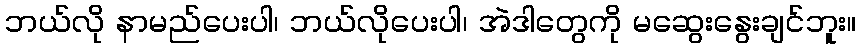
ဘယ်လို နာမည်ပေးပါ၊ ဘယ်လိုပေးပါ၊ အဲဒါတွေကို မဆွေးနွေးချင်ဘူး။